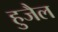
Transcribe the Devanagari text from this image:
हुजैल